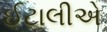
ઈટાલીએ